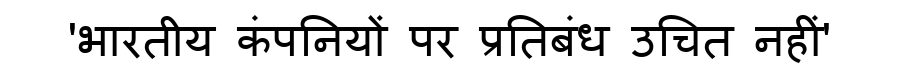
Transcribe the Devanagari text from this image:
'भारतीय कंपनियों पर प्रतिबंध उचित नहीं'